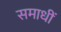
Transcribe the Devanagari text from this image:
समाधीं